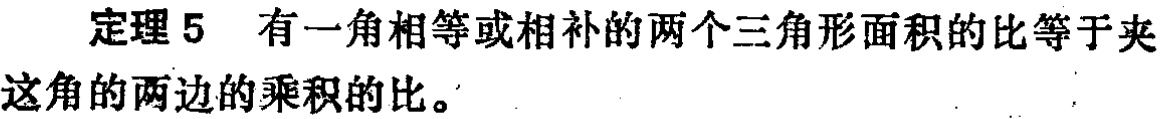
定理 5 有一角相等或相补的两个三角形面积的比等于夹这角的两边的乘积的比。